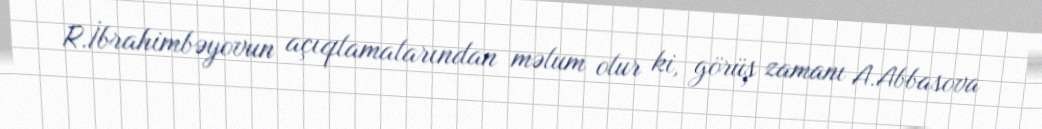
R.İbrahimbəyovun açıqlamalarından məlum olur ki, görüş zamanı A.Abbasova